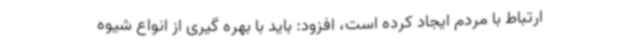
ارتباط با مردم ایجاد کرده است، افزود: باید با بهره گیری از انواع شیوه